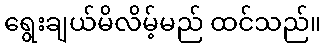
ရွေးချယ်မိလိမ့်မည် ထင်သည်။